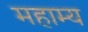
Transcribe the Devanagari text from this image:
महाम्य